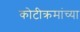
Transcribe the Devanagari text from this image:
कोटीक्रमांच्या